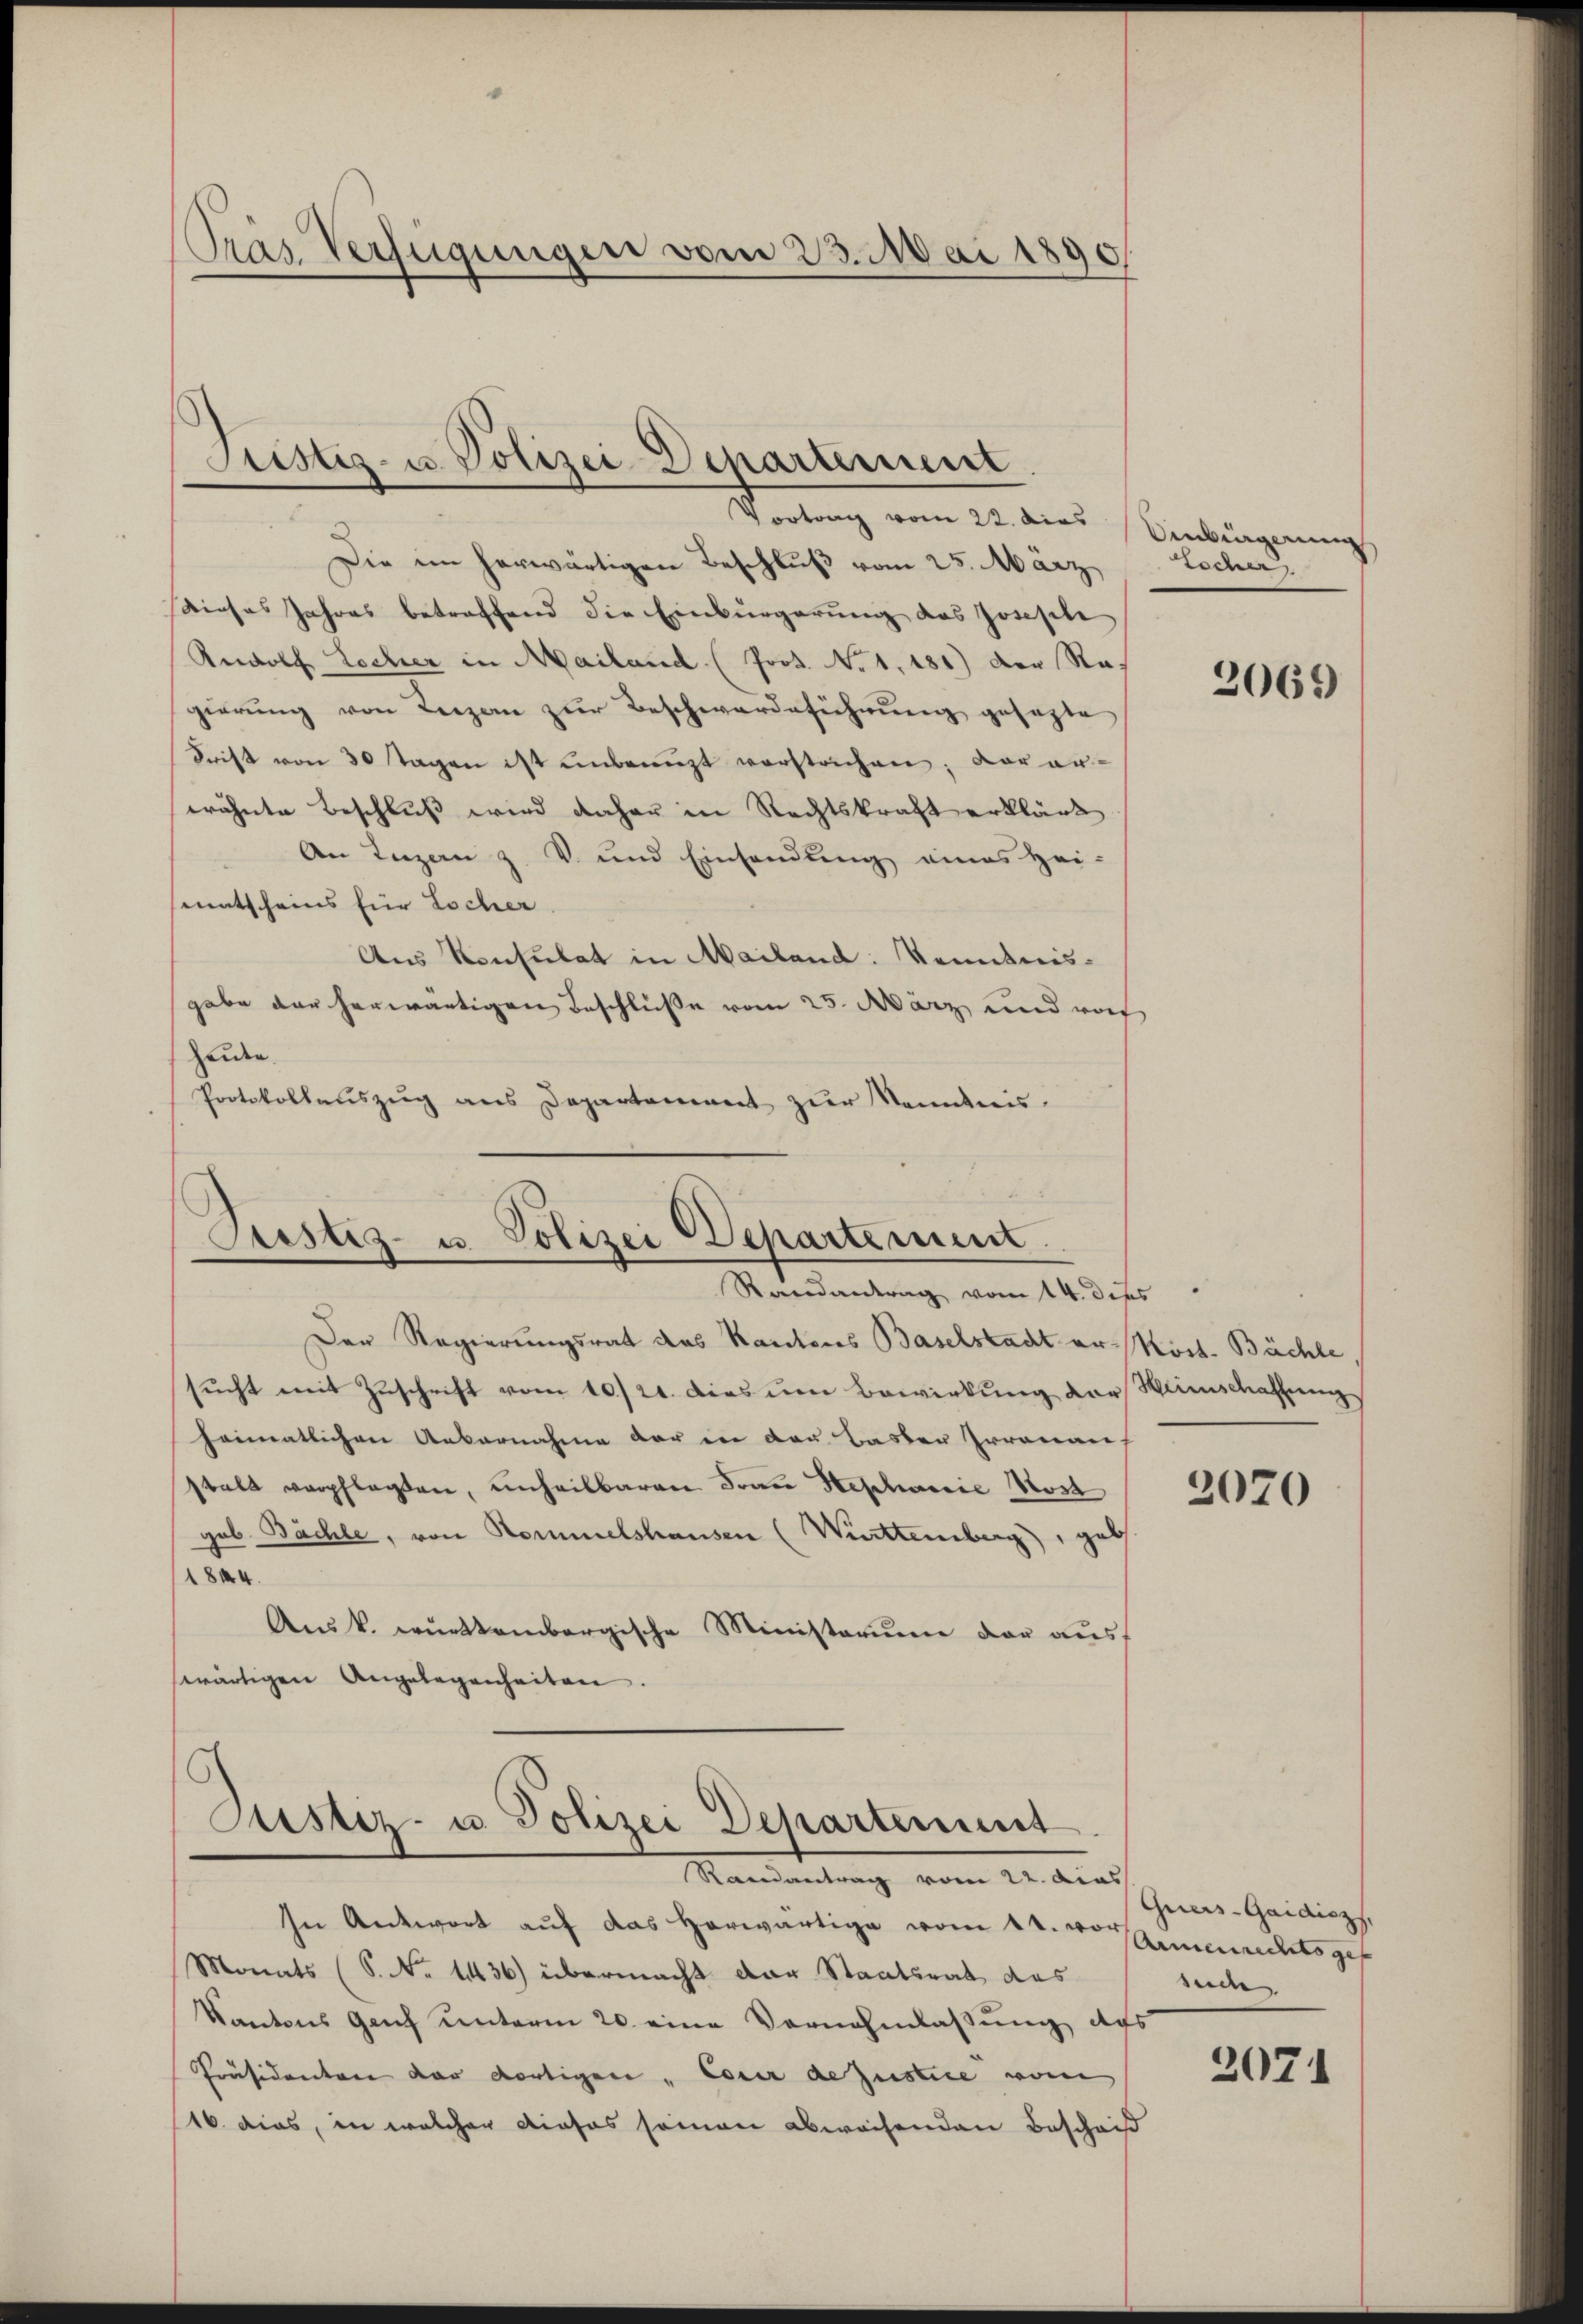
Pras Verfügungen vom 23. Mai 1890

Justiz- u. Polizei-Departement.
Vortrag vom 22. dies Einbürgerung

Die im herwärtigen Beschluß vom 25. März
Dieses Jahres betreffend die Einbürgerung des Josephi
Rudolf Locher in Mailand (Prot. No. 1. 181) der Regierŭng von Reizen zŭr Beschwerdeführung gesezte
Frist von 30 Tagen ist unbenuzt verstrichen; vor er-
erähnte Beschluß wird daher in Rechtskraft erklärt
An Luzern z. V. und Einsendung eines Hei-
senatscheins für Locher
Aus Konsulat in Mailand: Kenntnis-
gabe der herwärtigen Beschlüße vom 25. März und von
heute.
Protokollaŭszŭg ans Departement zŭr Kenntnis.

Justiz- u. Polizei Departement.
Randantrag vom 14. dies

Der Regierungsrat das Kantons Baselstadt er Köst. Büchle,
sucht mit Zuschrift vom 10./21. dies um Bewirkung der Weinschaffung
heimatlichen Uebernahme der in den Basler Irronau
stalt verpflegten, unheilbaren Frau Stephanie Kost
gob. Bächle, von Kommelshausen (Württemberg, geb
1844.
Au k. württembergische Ministerium der aus
swärtigen Angelegenheiten.

Justiz- u. Polizei Departement
Randantrag vom 22. dies

Essen,

In Antwort auf das Horwärtige vom 24. vornenrechtsges
Monats (S. Nr. 1436) übermacht der Staatsrat des
Kantons Genf unterm 20. eine Vornahmlassung des
Präsidenten der dortigen " Cour de Justice von
16. dies, in welcher dieses seinen abweichenden Beschrif

2069)

2070

Gries-Gaidicz
such

2071